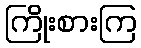
ကြိုးစားကြ